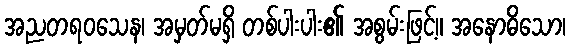
အညတရဝသေန၊ အမှတ်မရှိ တစ်ပါးပါး၏ အစွမ်းဖြင့်။ အနောဓိသော၊